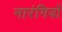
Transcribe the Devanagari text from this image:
नारंगियों